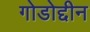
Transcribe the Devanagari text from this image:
गोडोद्दीन